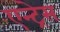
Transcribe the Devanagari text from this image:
एन्ट्रेस